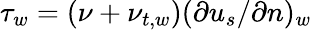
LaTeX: \tau_{w}=(\nu+\nu_{t,w})(\partial{u_{s}}/\partial{n})_{w}